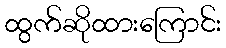
ထွက်ဆိုထားကြောင်း